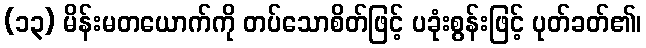
(၁၃) မိန်းမတယောက်ကို တပ်သောစိတ်ဖြင့် ပခုံးစွန်းဖြင့် ပုတ်ခတ်၏၊